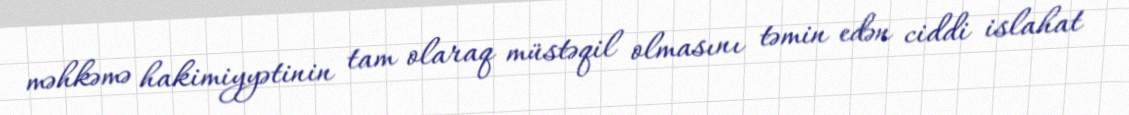
məhkəmə hakimiyyətinin tam olaraq müstəqil olmasını təmin edən ciddi islahat